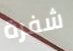
شفرة